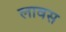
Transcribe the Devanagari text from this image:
लावस